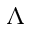
\Lambda